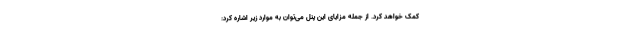
کمک خواهد کرد. از جمله مزایای این پنل می‌توان به موارد زیر اشاره کرد: